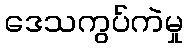
ဒေသကွပ်ကဲမှု